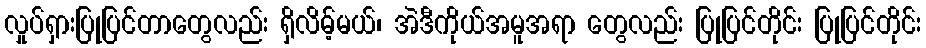
လှုပ်ရှားပြုပြင်တာတွေလည်း ရှိလိမ့်မယ်၊ အဲဒီကိုယ်အမူအရာ တွေလည်း ပြုပြင်တိုင်း ပြုပြင်တိုင်း